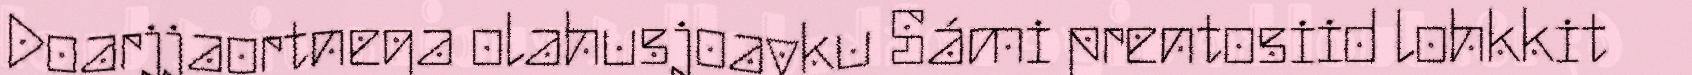
Doarjjaortnega olahusjoavku Sámi prentosiid lohkkit